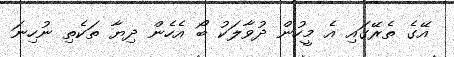
އޭގެ ތެރޭގައި އެ މީހުން ދުވާލަކު ބޯ އެހެން ދިޔާ ތަކެތި ނުހިނަ